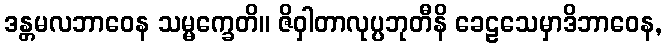
ဒန္တမလဘာဝေန သမ္မက္ခေတိ။ ဇိဝှါတာလုပ္ပဘုတီနိ ခေဠသေမှာဒိဘာဝေန,